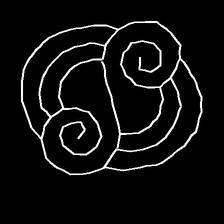
Glyph: wind-underfoot